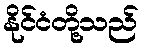
နိုင်ငံတို့သည်